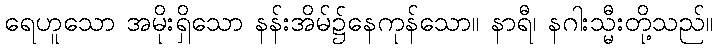
ရေဟူသော အမိုးရှိသော နန်းအိမ်၌နေကုန်သော။ နာရီ၊ နဂါးသ္မီးတို့သည်။